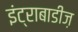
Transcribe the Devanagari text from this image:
इंट्राबाडीज़